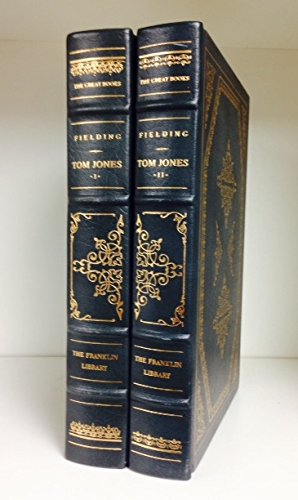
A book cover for TOM JONES 2 Volume Set; Henry Fielding; Literature & Fiction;